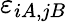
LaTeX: \varepsilon_{iA,jB}